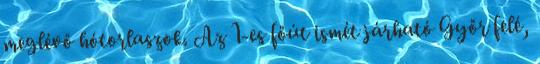
meglévő hótorlaszok. Az 1-es főút ismét járható Győr felé,